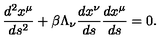
\frac { d ^ { 2 } x ^ { \mu } } { d s ^ { 2 } } + \beta \Lambda _ { \nu } \frac { d x ^ { \nu } } { d s } \frac { d x ^ { \mu } } { d s } = 0 .